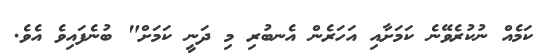
ކަމެއް ނުކުރެވޭނެ ކަމަށާއި އަހަރެން އެނބުރި މި ދަނީ ކަމަށް" ބުނެފައިވެ އެވެ.